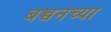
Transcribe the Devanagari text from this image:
बच्चनच्या